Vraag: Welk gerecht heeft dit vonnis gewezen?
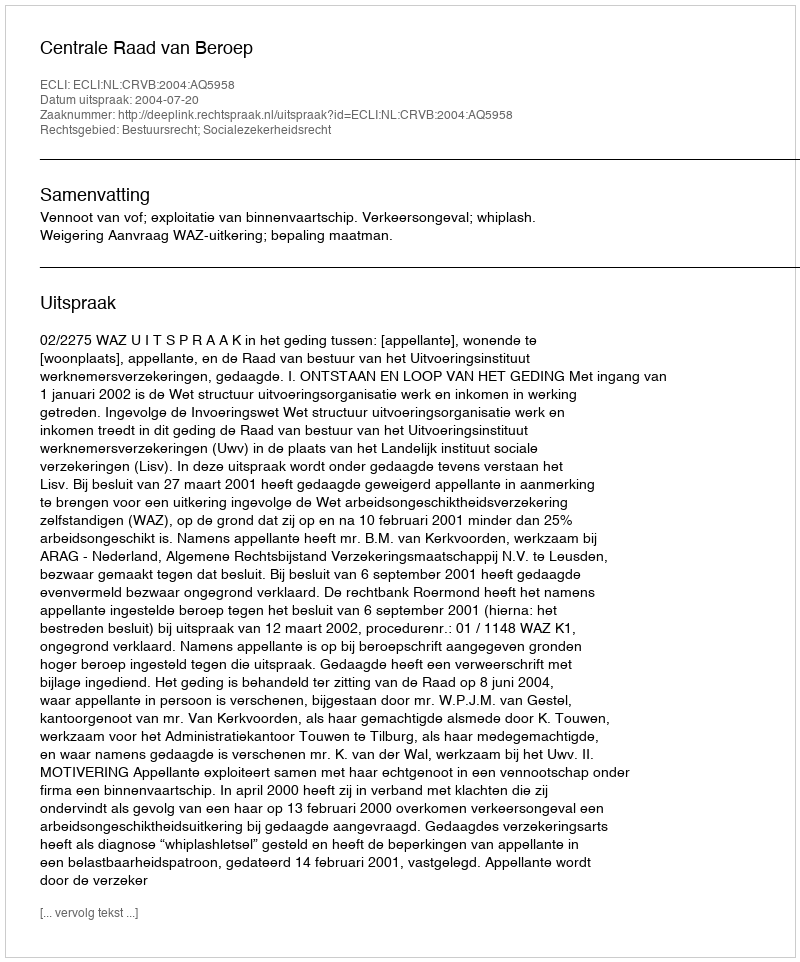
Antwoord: Centrale Raad van Beroep